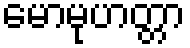
မောမုဟတ္တာ